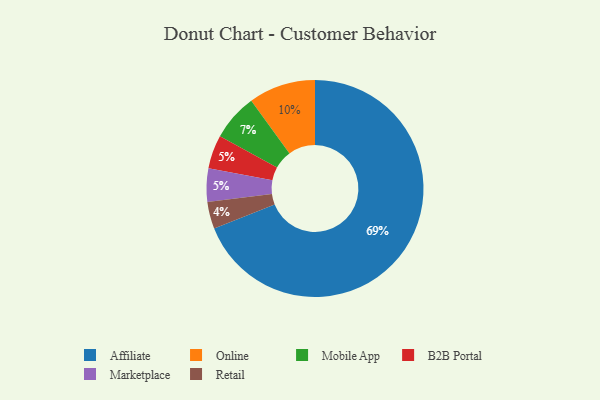
{"axis": {"x": "Category", "y": "Percentage"}, "legend": ["Affiliate", "B2B Portal", "Marketplace", "Mobile App", "Online", "Retail"], "data": [{"x": "Affiliate", "y": 69, "type": "Affiliate"}, {"x": "B2B Portal", "y": 5, "type": "B2B Portal"}, {"x": "Retail", "y": 4, "type": "Retail"}, {"x": "Online", "y": 10, "type": "Online"}, {"x": "Marketplace", "y": 5, "type": "Marketplace"}, {"x": "Mobile App", "y": 7, "type": "Mobile App"}]}